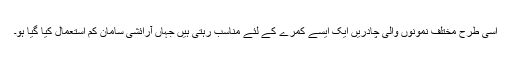
اسی طرح مختلف نمونوں والی چادریں ایک ایسے کمرے کے لئے مناسب رہتی ہیں جہاں آرائشی سامان کم استعمال کیا گیا ہو۔